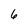
Character: 6